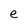
Character: e